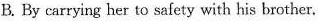
B. By carrying her to safety with his brother.